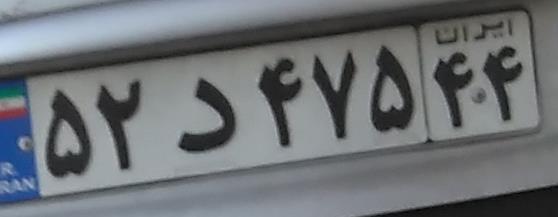
۵۲د۴۷۵۴۴